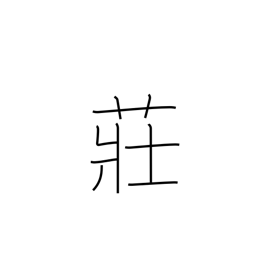
Meaning: broom